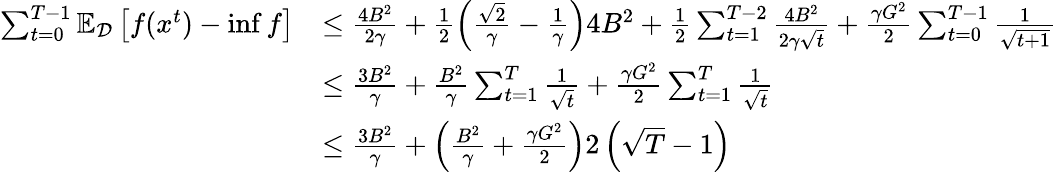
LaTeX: \begin{array}{rl}{\sum_{t=0}^{T-1}\mathbb{E}_{\mathcal{D}}\left[f(x^{t})-\operatorname*{inf}f\right]}&{\leq\frac{4B^{2}}{2\gamma}+\frac{1}{2}\left(\frac{\sqrt{2}}{\gamma}-\frac{1}{\gamma}\right)4B^{2}+\frac{1}{2}\sum_{t=1}^{T-2}\frac{4B^{2}}{2\gamma\sqrt{t}}+\frac{\gamma G^{2}}{2}\sum_{t=0}^{T-1}\frac{1}{\sqrt{t+1}}}\\ &{\leq\frac{3B^{2}}{\gamma}+\frac{B^{2}}{\gamma}\sum_{t=1}^{T}\frac{1}{\sqrt{t}}+\frac{\gamma G^{2}}{2}\sum_{t=1}^{T}\frac{1}{\sqrt{t}}}\\ &{\leq\frac{3B^{2}}{\gamma}+\left(\frac{B^{2}}{\gamma}+\frac{\gamma G^{2}}{2}\right)2\left(\sqrt{T}-1\right)}\end{array}